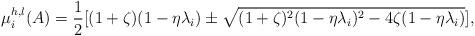
LaTeX: \begin{align*} \mu_i^{h,l}(A) = \frac{1}{2} [(1+\zeta)(1-\eta\lambda_i) \pm \sqrt{(1+\zeta)^2(1-\eta\lambda_i)^2-4\zeta(1-\eta\lambda_i)} ],\end{align*}